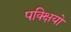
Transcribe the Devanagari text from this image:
पक्क्षियो